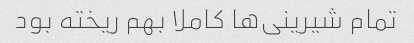
تمام شیرینی‌ها کاملا بهم ریخته بود